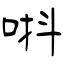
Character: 唞